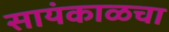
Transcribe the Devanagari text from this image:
सायंकाळचा